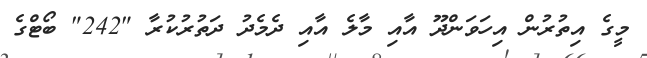
މީގެ އިތުރުން އިހަވަންދޫ އާއި މާލެ އާއި ދެމެދު ދަތުރުކުރާ "242" ބޯޓްގެ